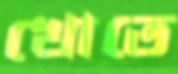
খোতে